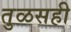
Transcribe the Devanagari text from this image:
तुळसही